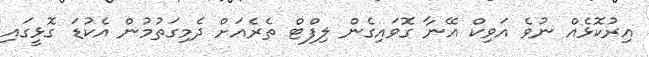
އިރުކޮޅެއް ނުވެ އަވިކް އޭނާ ގޮވައިގެން ލިފްޓް ތެރެއަށް ދެމިގަތުމުން އެކުޑަ ގޮޅީގައި